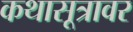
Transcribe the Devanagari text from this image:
कथासूत्रावर